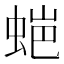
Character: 𮔌